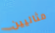
مثاليين